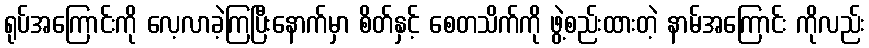
ရုပ်အကြောင်းကို လေ့လာခဲ့ကြပြီးနောက်မှာ စိတ်နှင့် စေတသိက်ကို ဖွဲ့စည်းထားတဲ့ နာမ်အကြောင်း ကိုလည်း